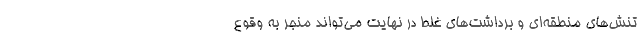
تنش‌های منطقه‌ای و برداشت‌های غلط در نهایت می‌تواند منجر به وقوع